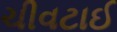
ચીવટાઈ